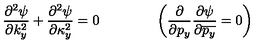
{ \frac { \partial ^ { 2 } \psi } { \partial k _ { y } ^ { 2 } } } + { \frac { \partial ^ { 2 } \psi } { \partial \kappa _ { y } ^ { 2 } } } = 0 \qquad \qquad \left( { \frac { \partial } { \partial p _ { y } } } { \frac { \partial \psi } { \partial \overline { { p _ { y } } } } } = 0 \right)